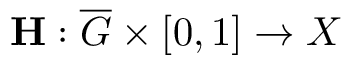
\mathbf { H } : \overline { { G } } \times [ 0 , 1 ] \to X